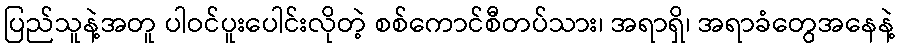
ပြည်သူနဲ့အတူ ပါဝင်ပူးပေါင်းလိုတဲ့ စစ်ကောင်စီတပ်သား၊ အရာရှိ၊ အရာခံတွေအနေနဲ့